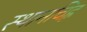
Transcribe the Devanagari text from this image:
स्थानचिह्न